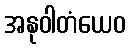
အနုဝါတံယေဝ